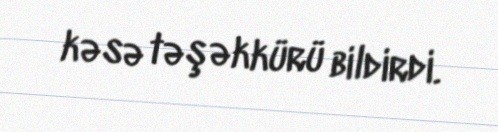
kəsə təşəkkürü bildirdi.